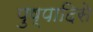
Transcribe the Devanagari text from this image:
पुष्पादिसे